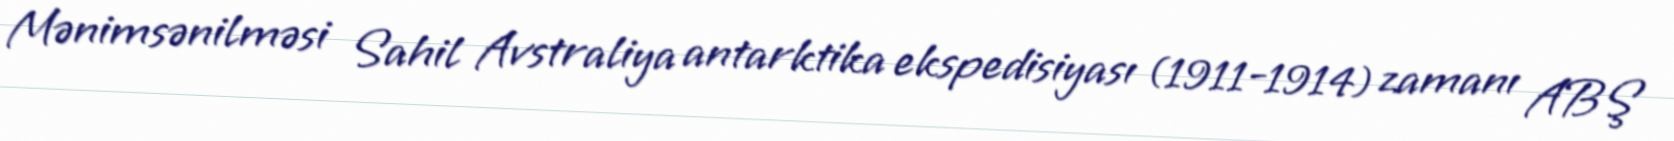
Mənimsənilməsi Sahil Avstraliya antarktika ekspedisiyası (1911-1914) zamanı ABŞ